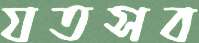
যতসব